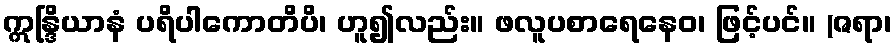
ဣန္ဒြိယာနံ ပရိပါကောတိပိ၊ ဟူ၍လည်း။ ဖလူပစာရေနေဝ၊ ဖြင့်ပင်။ (ဇရာ၊